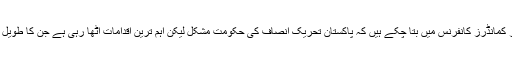
سپہ سالار، وزیراعظم کی بنائی گئی قومی ترقیاتی کونسل کے ممبر ہیں اور وہ گزشتہ کور کمانڈرز کانفرنس میں بتا چکے ہیں کہ پاکستان تحریک انصاف کی حکومت مشکل لیکن اہم ترین اقدامات اٹھا رہی ہے جن کا طویل مدت میں فائدہ ہو گا اور وہ لنگڑی معیشت کے لئے ایک تازہ ہوا کا جھونکا ثابت ہوں گے۔